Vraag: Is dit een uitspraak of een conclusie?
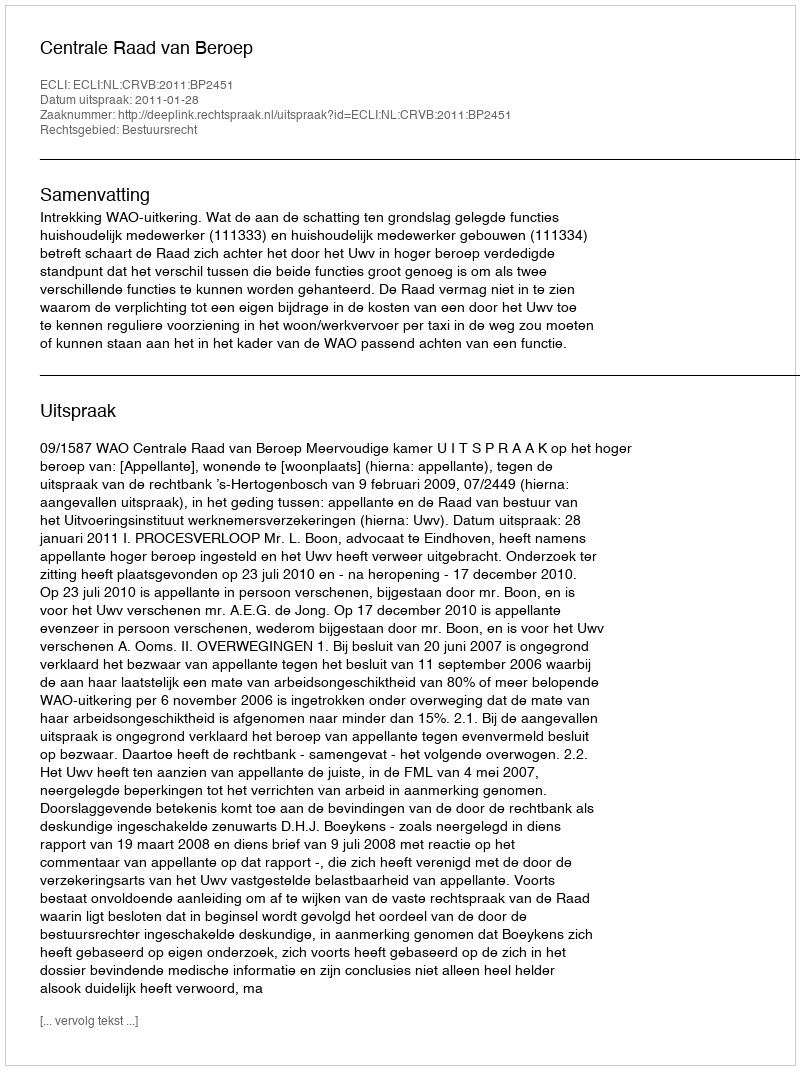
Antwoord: Uitspraak